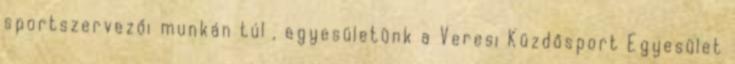
sportszervezői munkán túl , egyesületünk a Veresi Küzdősport Egyesület